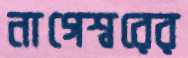
নাগেশ্বরের